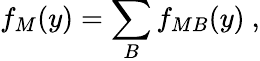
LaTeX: f_{M}(y)=\sum_{B}f_{MB}(y)\ ,